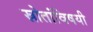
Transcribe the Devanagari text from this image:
स्रोतांविषयी